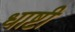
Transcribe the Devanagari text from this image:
धाष्टी